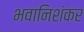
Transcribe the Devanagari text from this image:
भवानिशंकर